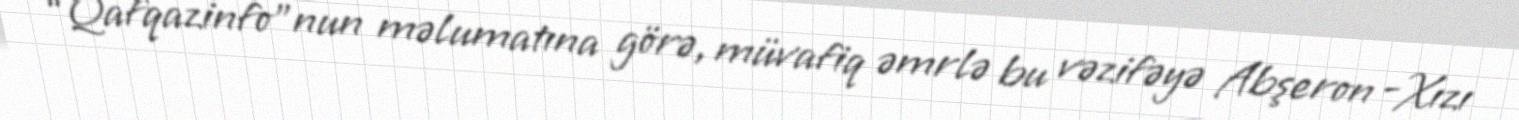
“Qafqazinfo”nun məlumatına görə, müvafiq əmrlə bu vəzifəyə Abşeron -Xızı